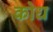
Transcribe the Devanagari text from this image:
कोध